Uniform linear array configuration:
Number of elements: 12
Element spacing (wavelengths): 0.75
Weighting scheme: exponential
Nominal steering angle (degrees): -60
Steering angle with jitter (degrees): -60.785
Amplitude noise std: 0.05
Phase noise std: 0.05

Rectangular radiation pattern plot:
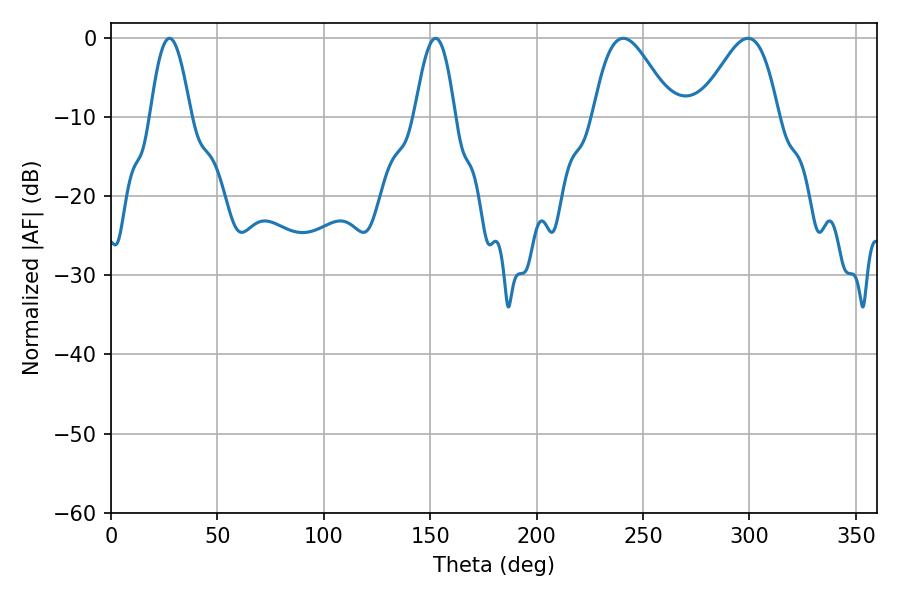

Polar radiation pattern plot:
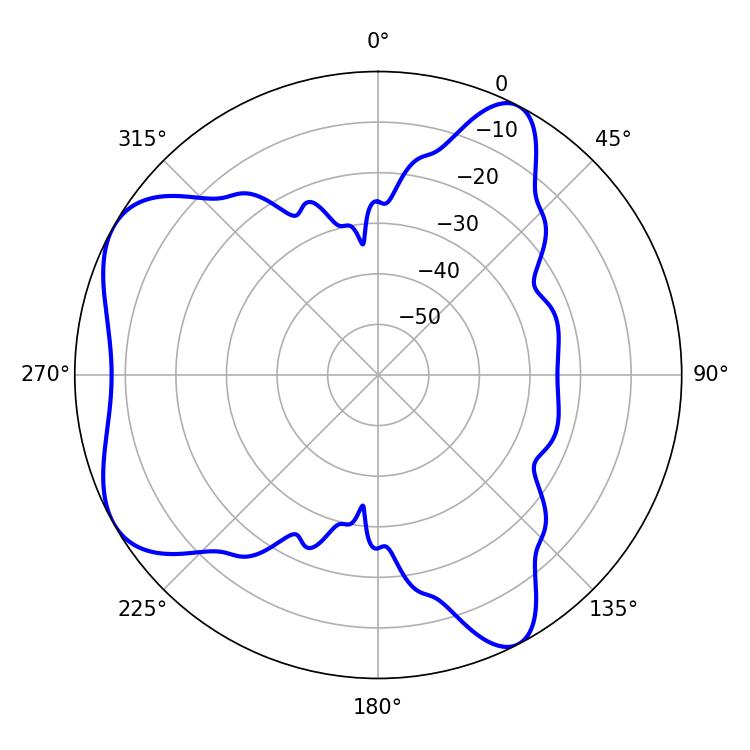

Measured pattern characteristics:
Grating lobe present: TRUE
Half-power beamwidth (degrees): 19.8
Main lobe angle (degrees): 240.66